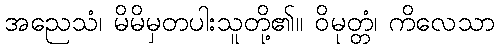
အညေသံ၊ မိမိမှတပါးသူတို့၏။ ဝိမုတ္တံ၊ ကိလေသာ